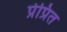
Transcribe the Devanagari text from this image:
प्रेप्रित